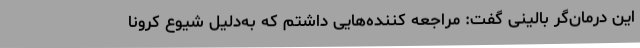
این درمان‌گر بالینی گفت: مراجعه کننده‌هایی داشتم که به‌دلیل شیوع کرونا